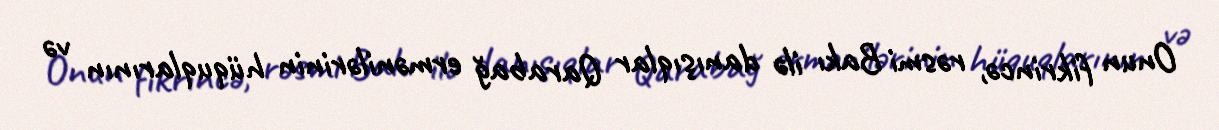
Onun fikrincə, rəsmi Bakı ilə danışıqlar Qarabağ ermənilərinin hüquqlarının və